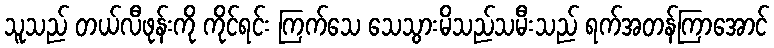
သူသည် တယ်လီဖုန်းကို ကိုင်ရင်း ကြက်သေ သေသွားမိသည်သမီးသည် ရက်အတန်ကြာအောင်